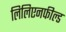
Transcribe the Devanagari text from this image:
लिलिएनफील्ड